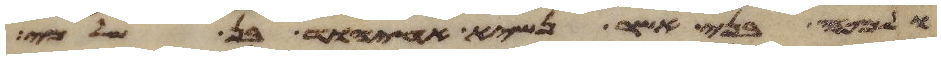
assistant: ולמטה בני אשר נשיא אחיוד בן שלמי